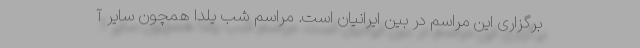
برگزاری این مراسم در بین ایرانیان است. مراسم شب یلدا همچون سایر آ